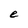
Character: e